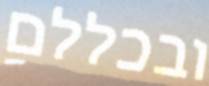
ובכללם